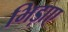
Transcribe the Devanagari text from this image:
भिड़ाए